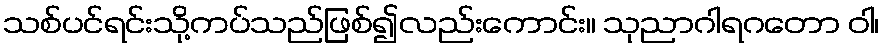
သစ်ပင်ရင်းသို့ကပ်သည်ဖြစ်၍လည်းကောင်း။ သုညာဂါရဂတော ဝါ၊